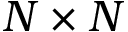
N \times N